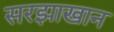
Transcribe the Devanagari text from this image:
सरझाखान